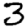
Digit: 3